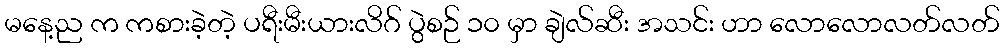
မနေ့ည က ကစားခဲ့တဲ့ ပရီးမီးယားလိဂ် ပွဲစဉ် ၁၀ မှာ ချဲလ်ဆီး အသင်း ဟာ လောလောလတ်လတ်